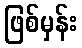
ဖြစ်မှန်း